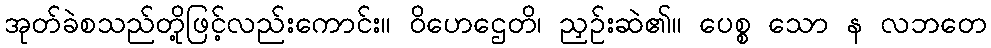
အုတ်ခဲစသည်တို့ဖြင့်လည်းကောင်း။ ဝိဟေဌေတိ၊ ညှဉ်းဆဲ၏။ ပေစ္စ သော န လဘတေ